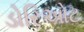
ડોરિઓટ